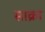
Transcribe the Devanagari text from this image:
साक्रा